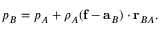
\begin{array} { r } { p _ { B } = p _ { A } + \rho _ { A } ( \mathbf { f } - \mathbf { a } _ { B } ) \cdot \mathbf { r } _ { B A } . } \end{array}